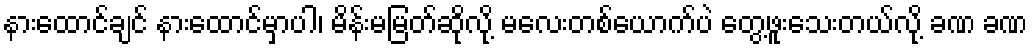
နားထောင်ချင် နားထောင်မှာပါ၊ မိန်းမမြတ်ဆိုလို့ မလေးတစ်ယောက်ပဲ တွေ့ဖူးသေးတယ်လို့ ခဏ ခဏ